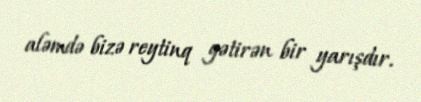
aləmdə bizə reytinq gətirən bir yarışdır.